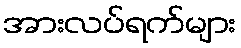
အားလပ်ရက်များ